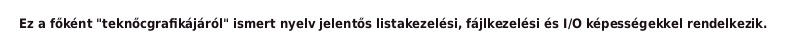
Ez a főként "teknőcgrafikájáról" ismert nyelv jelentős listakezelési, fájlkezelési és I/O képességekkel rendelkezik.